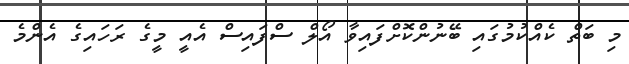
މި ބަތް ކެއްކުމުގައި ބޭނުންކޮށްފައިވާ އޯލް ސްފައިސް އެއީ މީގެ ރަހައިގެ އެންމެ